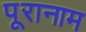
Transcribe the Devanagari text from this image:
पूरानाम